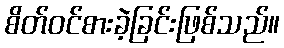
စိတ်ဝင်စားခဲ့ခြင်းဖြစ်သည်။